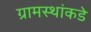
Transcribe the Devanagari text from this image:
ग्रामस्थांकडे